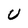
Character: U